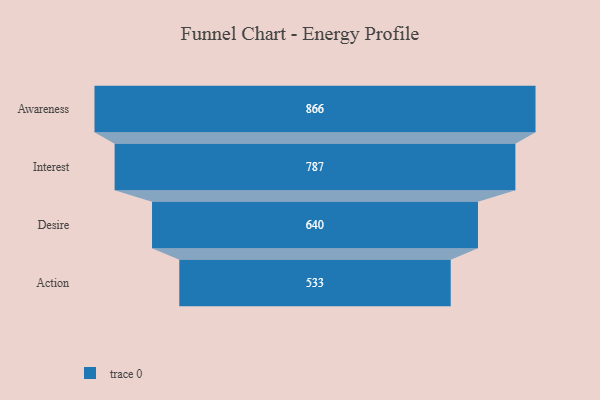
{"axis": {"x": "Stage", "y": "Value"}, "legend": [""], "data": [{"x": "Awareness", "y": 866.0, "type": ""}, {"x": "Interest", "y": 787.0, "type": ""}, {"x": "Desire", "y": 640.0, "type": ""}, {"x": "Action", "y": 533.0, "type": ""}]}